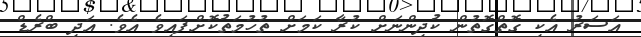
އަސަރު އެކި ގޮތްގޮތުން ކުދިންނަށް ކުރާ ކަމަށް ތުހުމަތުކޮށްފައިވެ އެވެ. އަދި ބްރެޑް